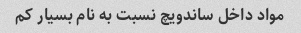
مواد داخل ساندویچ نسبت به نام بسیار کم